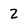
Character: 2